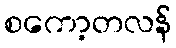
စကော့တလန်